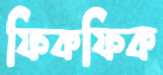
ফিকফিক